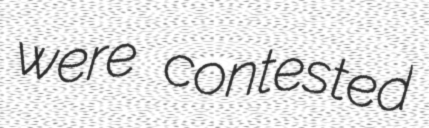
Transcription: were contested